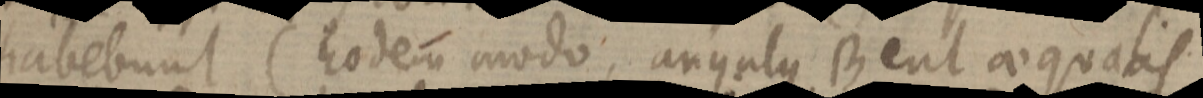
habebunt (Eodem modo, angulus B eut aequalis